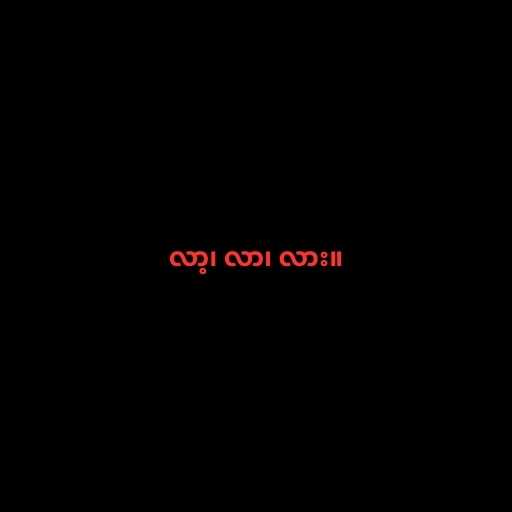
လာ့၊ လာ၊ လား။